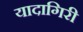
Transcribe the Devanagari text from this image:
यादागिरी